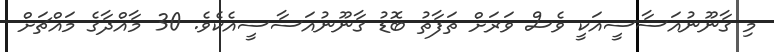
މި ގާނޫނުއަސާސީއަކީ ވެސް ވަރަށް ތަފާތު ބޮޑު ގާނޫނުއަސާސީއެކެވެ. 30 މާއްދާގެ މައްޗަށް